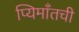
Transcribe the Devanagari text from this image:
प्यिमाँतची